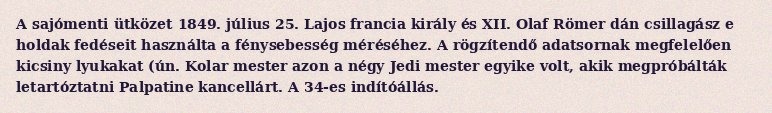
A sajómenti ütközet 1849. július 25. Lajos francia király és XII. Olaf Römer dán csillagász e holdak fedéseit használta a fénysebesség méréséhez. A rögzítendő adatsornak megfelelően kicsiny lyukakat (ún. Kolar mester azon a négy Jedi mester egyike volt, akik megpróbálták letartóztatni Palpatine kancellárt. A 34-es indítóállás.